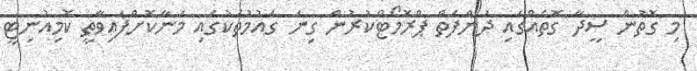
މި ގޮތުން ސީދާ ގޮތެއްގައި ދުންފަތް ޕްރޮމޯޓްކުރުން ގިނަ ގައުމުތަކުގައި މަނާކޮށްފައިވާތީ ކޮމިއުނިޓީ